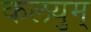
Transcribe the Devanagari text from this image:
कलयुम्